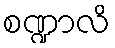
စဏ္ဍာလိ